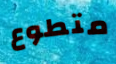
متطوع